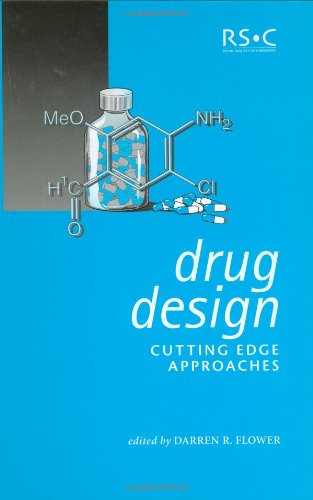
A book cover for Drug Design: Cutting Edge Approaches; Medical Books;